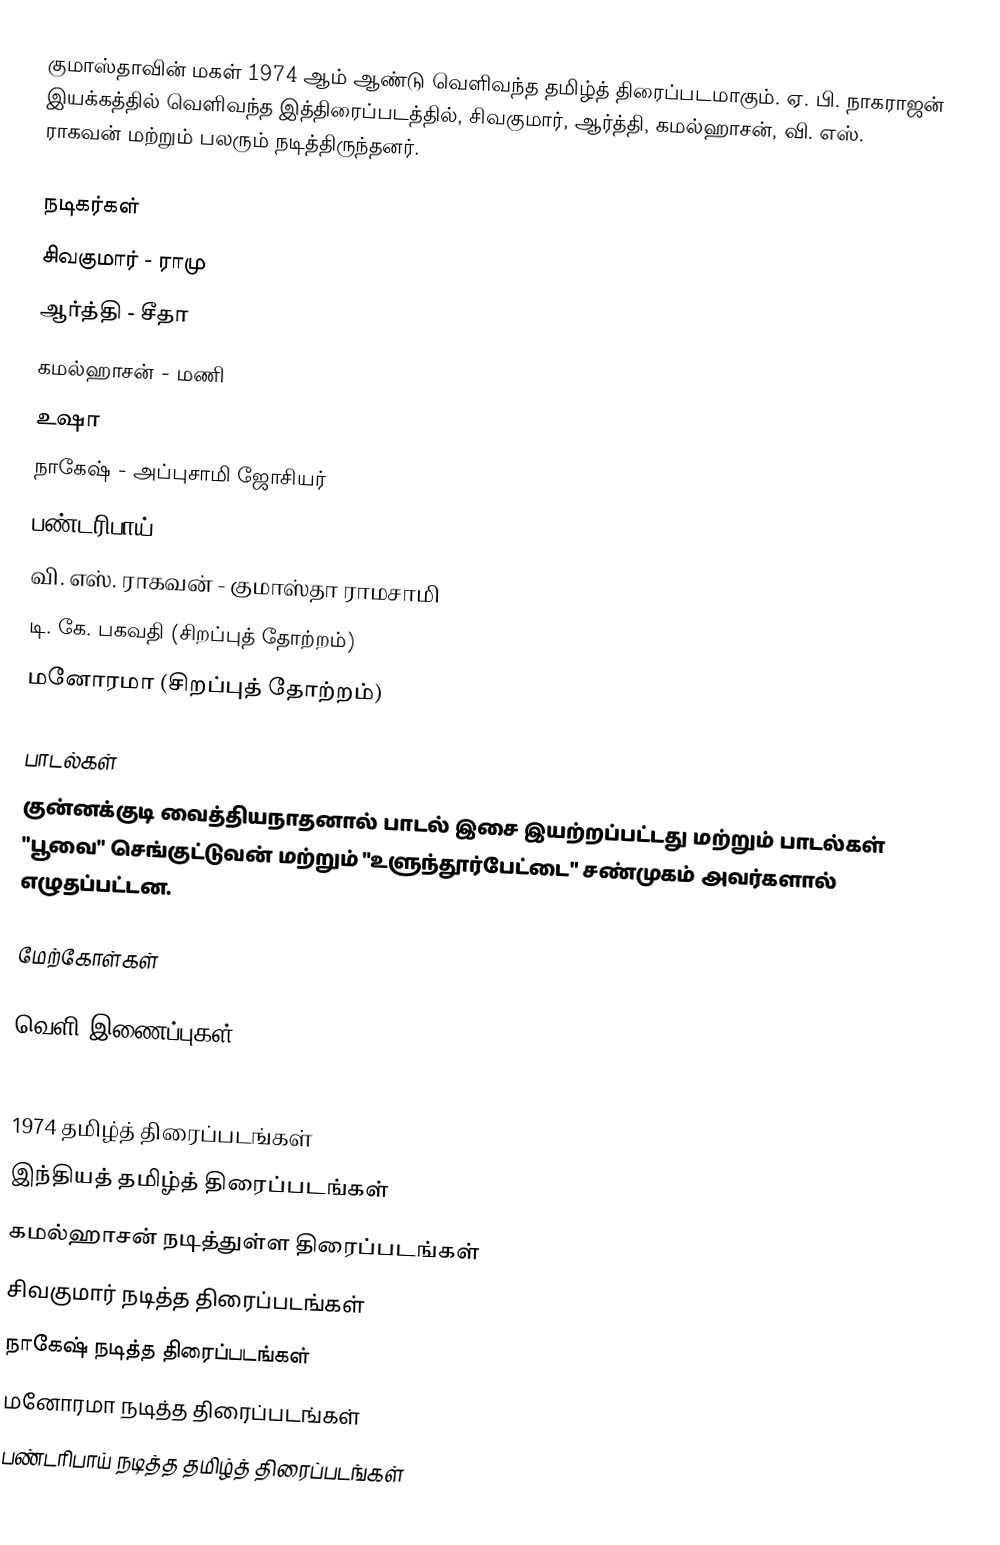
குமாஸ்தாவின் மகள் 1974 ஆம் ஆண்டு வெளிவந்த தமிழ்த் திரைப்படமாகும். ஏ. பி. நாகராஜன் இயக்கத்தில் வெளிவந்த இத்திரைப்படத்தில், சிவகுமார், ஆர்த்தி, கமல்ஹாசன், வி. எஸ். ராகவன் மற்றும் பலரும் நடித்திருந்தனர்.

நடிகர்கள்
 சிவகுமார் - ராமு
 ஆர்த்தி - சீதா
 கமல்ஹாசன் - மணி
 உஷா
 நாகேஷ் - அப்புசாமி ஜோசியர்
 பண்டரிபாய்
 வி. எஸ். ராகவன் - குமாஸ்தா ராமசாமி
 டி. கே. பகவதி (சிறப்புத் தோற்றம்)
 மனோரமா (சிறப்புத் தோற்றம்)

பாடல்கள்
குன்னக்குடி வைத்தியநாதனால் பாடல் இசை இயற்றப்பட்டது மற்றும் பாடல்கள் "பூவை" செங்குட்டுவன் மற்றும் "உளுந்தூர்பேட்டை" சண்முகம் அவர்களால் எழுதப்பட்டன.

மேற்கோள்கள்

வெளி இணைப்புகள்

1974 தமிழ்த் திரைப்படங்கள்
இந்தியத் தமிழ்த் திரைப்படங்கள்
கமல்ஹாசன் நடித்துள்ள திரைப்படங்கள்
சிவகுமார் நடித்த திரைப்படங்கள்
நாகேஷ் நடித்த திரைப்படங்கள்
மனோரமா நடித்த திரைப்படங்கள்
பண்டரிபாய் நடித்த தமிழ்த் திரைப்படங்கள்